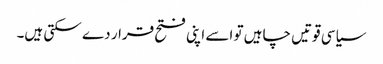
سیاسی قوتیں چاہیں تو اسے اپنی فتح قرار دے سکتی ہیں۔